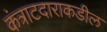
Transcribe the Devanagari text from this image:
कंत्राटदाराकडील